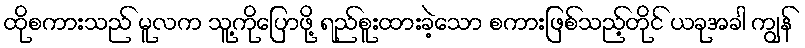
ထိုစကားသည် မူလက သူ့ကိုပြောဖို့ ရည်စူးထားခဲ့သော စကားဖြစ်သည့်တိုင် ယခုအခါ ကျွန်